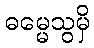
ဓမ္မေသွမှိ